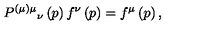
P ^ { ( \mu ) \mu } { } _ { \nu } \left( p \right) f ^ { \nu } \left( p \right) = f ^ { \mu } \left( p \right) ,